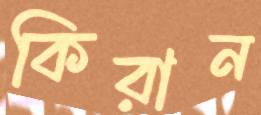
কিরান